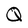
Character: Q